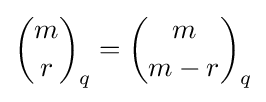
{m \choose r}_{q}={m \choose m-r}_{q}